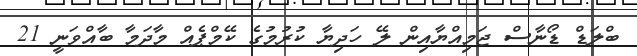
ބްލަޑް ޑޯނާސް ޖަމިއްޔާއިން ލޭ ހަދިޔާ ކުރުމުގެ ކޭމްޕެއް މާދަމާ ބާއްވަނީ 21